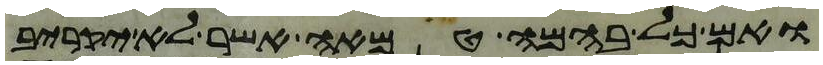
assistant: ואם כל בהמה טמאה אשר לא יקריב